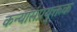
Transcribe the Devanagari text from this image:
कन्यासंप्रयु्क्तक